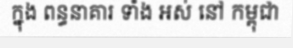
ក្នុង ពន្ធនាគារ ទាំង អស់ នៅ កម្ពុជា